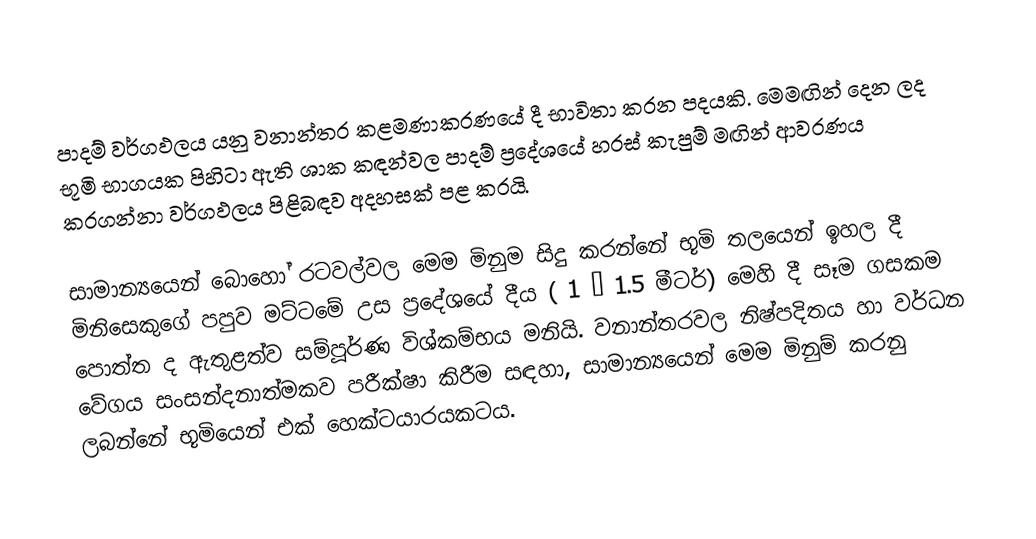
පාදම් වර්ගඵලය යනු වනාන්තර කළමණාකරණයේ දී භාවිතා කරන පදයකි. මෙමඟින් දෙන ලද භූමි භාගයක පිහිටා ඇති ශාක කඳන්වල පාදම් ප්‍රදේශයේ හරස් කැපුම් මඟින් ආවරණය කරගන්නා වර්ගඵලය පිළිබඳව අදහසක් පළ කරයි.

සාමාන්‍යයෙන් බොහෝ රටවල්වල මෙම මිනුම සිදු කරන්නේ භූමි තලයෙන් ඉහල දී මිනිසෙකුගේ පපුව මට්ටමේ උස ප්‍රදේශයේ දීය ( 1 – 1.5 මීටර්) මෙහි දී සෑම ගසකම පොත්ත ද ඇතුළත්ව සම්පූර්ණ විශ්කම්භය මනියි. වනාන්තරවල නිෂ්පදිතය හා වර්ධන වේගය සංසන්දනාත්මකව පරීක්ෂා කිරීම සඳහා, සාමාන්‍යයෙන් මෙම මිනුම් කරනු ලබන්නේ භූමියෙන් එක් හෙක්ටයාරයකටය.